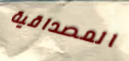
المصداقية